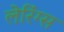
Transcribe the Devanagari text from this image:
लेरिंग्स